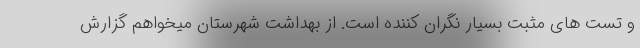
و تست های مثبت بسیار نگران کننده است. از بهداشت شهرستان میخواهم گزارش